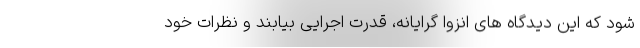
شود که این دیدگاه های انزوا گرایانه، قدرت اجرایی بیابند و نظرات خود